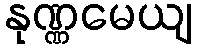
နုဏ္ဏမေယျ